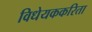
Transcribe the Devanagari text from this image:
विधेयककरिता